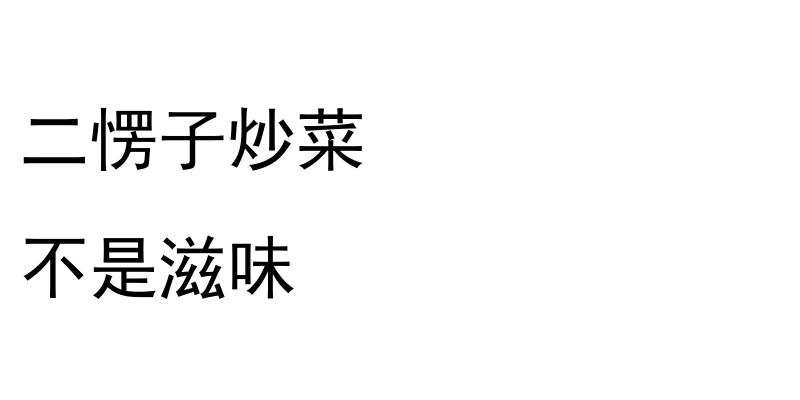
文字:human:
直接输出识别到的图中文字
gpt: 二愣子炒菜 不是滋味